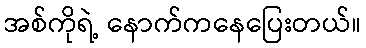
အစ်ကိုရဲ့ နောက်ကနေပြေးတယ်။